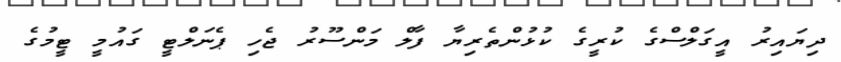
ދިޔައިރު އީގަލްސްގެ ކުރީގެ ކުޅުންތެރިޔާ ފާލް މަންސޫރު ޖެހި ޕެނަލްޓީ ގައުމީ ޓީމުގެ